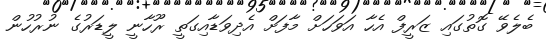
ބެލެވޭ ގޮތުގައި ޒަރީފް އެހާ އަވަހަށް މާފަށް އެދިވަޑާއިގަތީ ރޫހާނީ ލީޑަރުގެ ނުރުހުން